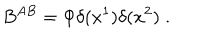
LaTeX: B ^ { A B } = \Phi \delta ( x ^ { 1 } ) \delta ( x ^ { 2 } ) \; .